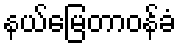
နယ်မြေတာဝန်ခံ